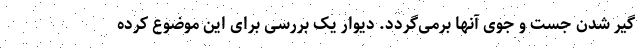
گیر شدن جست و جوی آنها برمی‌گردد. دیوار یک بررسی برای این موضوع کرده